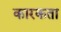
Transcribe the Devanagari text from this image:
कारकता